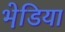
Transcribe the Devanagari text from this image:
भेडि़या